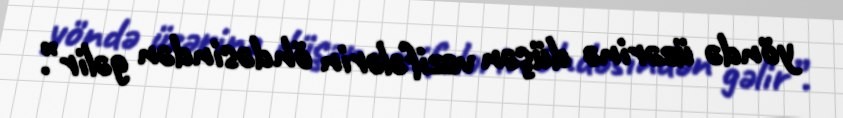
yöndə üzərinə düşən vəzifələrin öhdəsindən gəlir”.